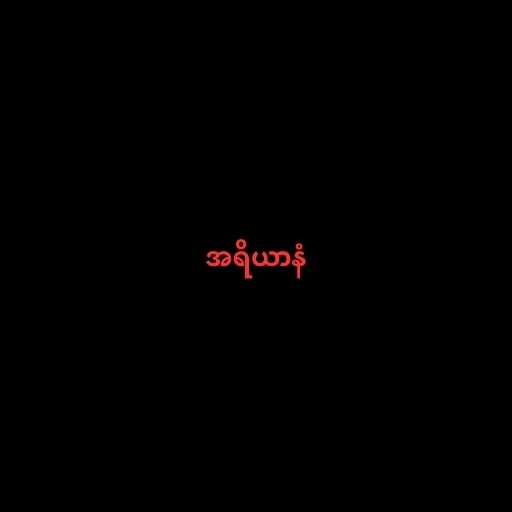
အရိယာနံ